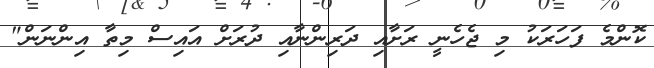
ކޮންމެ ފަހަރަކު މި ޖެހެނީ ރަށާއި ދަރިންނާއި ދުރަށް އައިސް މިތާ އިންނަން"